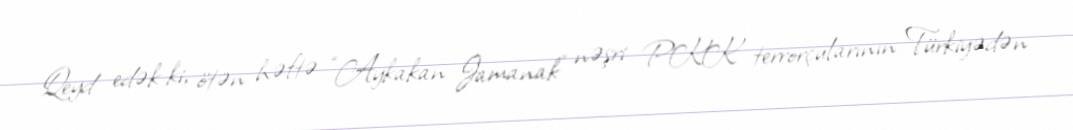
Qeyd edək ki, ötən həftə “Aykakan Jamanak” nəşri PKK terrorçularının Türkiyədən